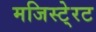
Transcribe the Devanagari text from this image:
मजिस्टे्रट